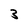
Character: 3